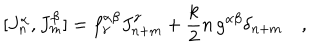
LaTeX: [ J _ { n } ^ { \alpha } , J _ { m } ^ { \beta } ] = f _ { \gamma } ^ { \alpha \beta } J _ { n + m } ^ { \gamma } + \frac { k } { 2 } n \, g ^ { \alpha \beta } \delta _ { n + m } \quad ,